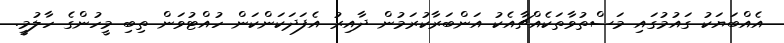
އެއްބަޔަކު ގައުމުގައި މަސްތުވާތަކެއްޗާއެކު އަންބަރާކުރަމުން ދާއިރު އެފަދަކަންކަން ހުއްޓުވަން ތިބި މީހުންގެ ހާލުމީ.